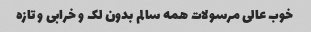
خوب عالی مرسولات همه سالم بدون لک و خرابی و تازه